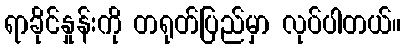
ရာခိုင်နှုန်းကို တရုတ်ပြည်မှာ လုပ်ပါတယ်။